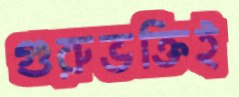
গুরুভক্তিই